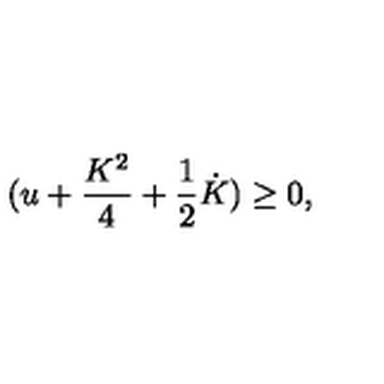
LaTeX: ( u + { \frac { K ^ { 2 } } { 4 } } + { \frac { 1 } { 2 } } \dot { K } ) \geq 0 ,